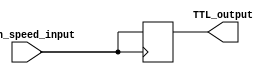
module TTL_buffer (
    input wire high_speed_input,
    output reg TTL_output
);

always @ (posedge high_speed_input)
begin
    TTL_output <= high_speed_input;
end

endmodule